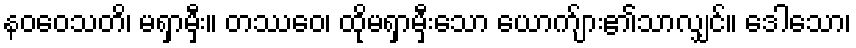
နဝဝေသတိ၊ မရှာမှီး။ တဿေဝ၊ ထိုမရှာမှီးသော ယောက်ျား၏သာလျှင်။ ဒေါသော၊